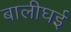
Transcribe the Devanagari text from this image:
बालीघई